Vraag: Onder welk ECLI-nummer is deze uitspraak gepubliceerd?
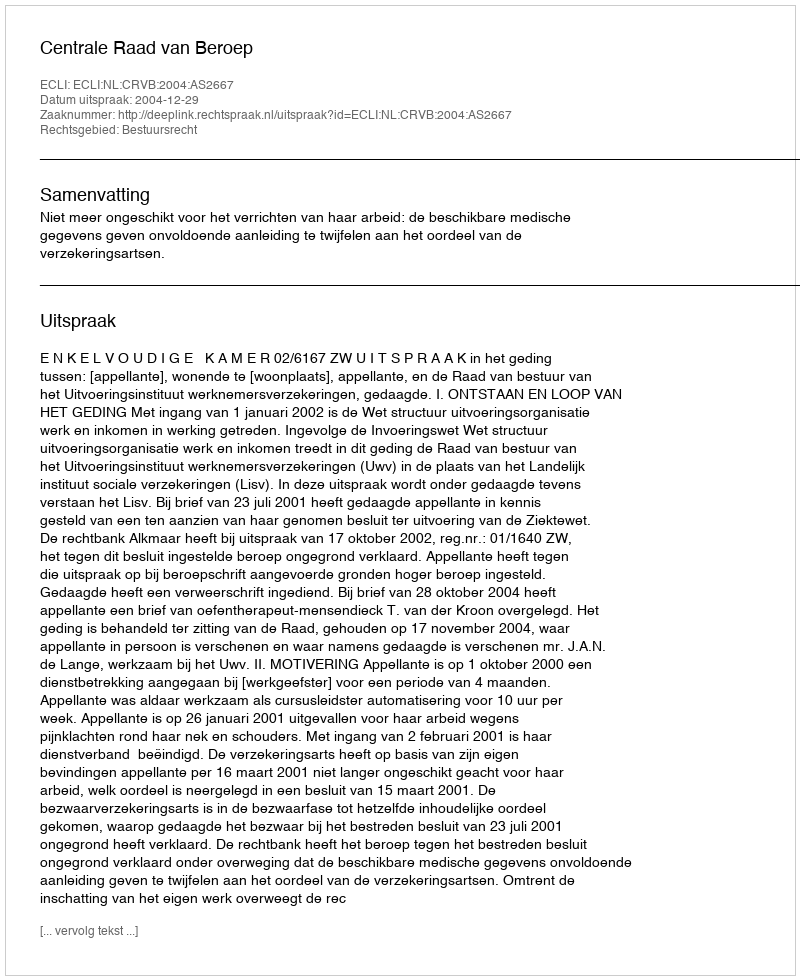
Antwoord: ECLI:NL:CRVB:2004:AS2667